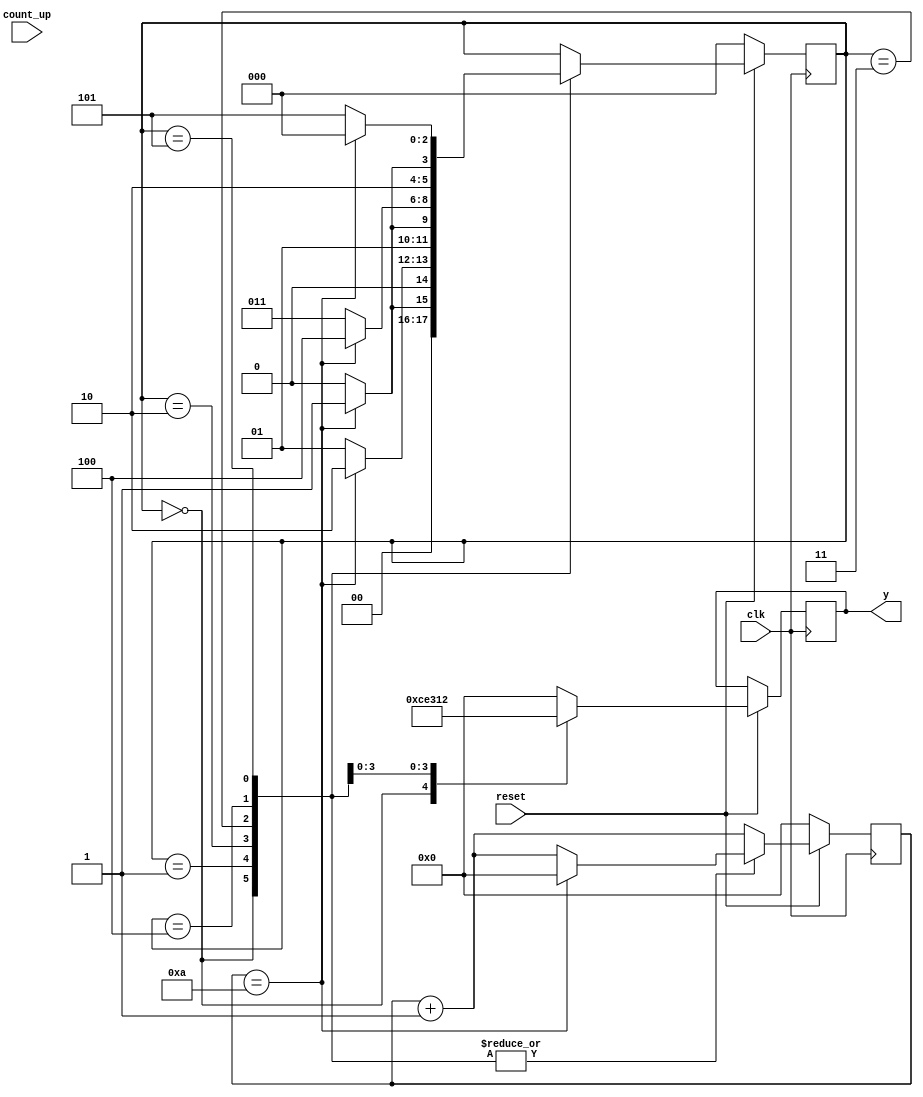
module Project_COE312(input clk, input reset,input count_up , output reg [3:0] y);//By Mohammad Yaser Ammar | 3704975 | April / 2020
reg [2:0]state;
parameter S0=0,S1=1,S2=2,S3=3,S4=4,S5=5; //we have 6 state ; because initially letter in State 0
reg[3:0] count;//Counter 10 times ; then need 4-bit | Need condtion max in 10 ; count 1 to 10

always@(posedge clk)begin
  if (reset == 0) begin
   count = 0;
   state <= S0;//System starts from the initial state
end
   else begin
	count <= count + 1; //counter 
		case (state)
		S0:begin
		if(count == 10) begin //to wait count from 1 to 10
			count <= 0;
			state<=S1;
			end
			else begin
			state<=S0; end
			y<='hC;end//value directly in hexadecimal			
		S1:begin
		if(count == 10) begin
		   count <= 0;
			state<=S2; end
			else begin
			state<=S1; end
			y<='h0;end
			
		S2:begin
		if(count == 10)begin
			count <= 0;
			state<=S3;end
			else begin
			state<=S2;end
			y<='hE;end
			
		S3:begin
		if(count == 10) begin
			count <= 0;
			state<=S4;end
			else begin
			state<=S3;end
			y<='h3;end
			
		S4:begin
		if(count == 10)begin
			count <= 0;
			state<=S5;end
			else begin
			state<=S4;end
			y<='h1;
			end
		
		S5:begin
		if(count == 10) begin
			count <= 0;
			state<=S0;end //to back repeat to C
			else begin
			state<=S5;end
			y<='h2;
			end
		default:
			y<=0;
		endcase 
		end
end
endmodule 

module test_Project_COE312;
	// Inputs
	reg clk;
	reg reset;
	reg count_up;
	// Outputs
	wire [3:0] y;
	// Instantiate the Unit Under Test (UUT)
	Project_COE312 uut (
		.clk(clk), 
		.reset(reset), 
		.count_up(count_up), 
		.y(y)
	);
	
	
	  integer i;//define integer to use in for

always #5 clk=~clk;
initial begin
		// Initialize Inputs
		clk = 0;
		count_up=0;   
	   reset = 0; //reset singnal

		#100;
    	reset=0;
		 #50
    	reset=0;
		#50
    	reset=1;
		#10	
			
	//I am using for loop to decrease lines to count
		
	for (i = 0; i < 11; i = i + 1) begin//to print C
	count_up=1;  
	#10;  //delay in for loop need semicolon	
	end//Because the RTL simulation repeat can sufficiency only this and delete the loops below
		
	for (i = 0; i < 11; i = i + 1) begin//to print O
	count_up=1;  
	#10;	
	end
	
	for (i = 0; i < 11; i = i + 1) begin//to print E
	count_up=1;  
	#10;	
	end
	
	for (i = 0; i < 11; i = i + 1) begin//to print 3
	count_up=1;  
	#10;	
	end
	
	for (i = 0; i < 11; i = i + 1) begin//to print 1
	count_up=1;  
	#10;	
	end
	for (i = 0; i < 11; i = i + 1) begin//to print 2
	count_up=1;  
	#10;	
	end

	end    
endmodule

//By: https://github.com/MohammadYAmmar
//Project in GitHub: https://github.com/MohammadYAmmar/Design-Moore-FSM-project-via-Quartus-and-ModelSim